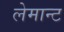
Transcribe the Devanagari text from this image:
लेमान्ट